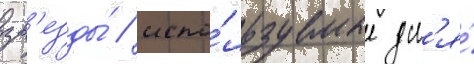
зв'езды́ / испо́льзуемые дл'я́